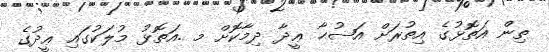
ތިން އަތޮޅުގެ އިތުރަށް އަޟުޙާ ޢީދާ ދިމާކޮށް މ .އަތޮޅު މުލަކުގައި ޢީދުގެ